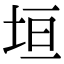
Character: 垣